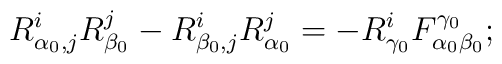
R^i_{\alpha_0, j} R^j_{\beta_0} -R^i_{\beta_0, j} R^j_{\alpha_0} = - R^i_{\gamma_0} F^{\gamma_0}_{\alpha_0 \beta_0};